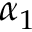
\alpha _ { 1 }